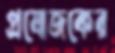
প্রযোজকের